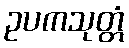
ဥပကသုတ္တံ